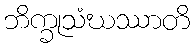
ဘိက္ခုသံဃဿာတိ